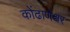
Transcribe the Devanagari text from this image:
कोंढाणेश्वर